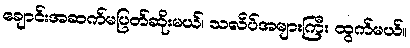
ချောင်းအဆက်မပြတ်ဆိုးမယ်၊ သလိပ်အများကြီး ထွက်မယ်။